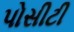
પોસીટી